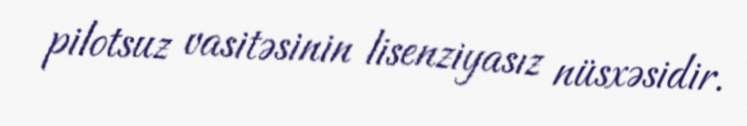
pilotsuz vasitəsinin lisenziyasız nüsxəsidir.